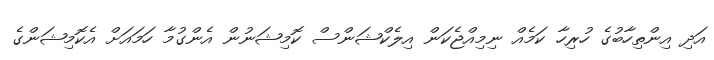
އަދި އިންތިހާބުގެ ހުރިހާ ކަމެއް ނިމިއްޖެކަން އިލެކްޝަންސް ކޮމިޝަނުން އެންގުމާ ހަމައަށް އެކޮމިޝަންގެ